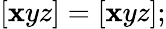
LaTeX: [\mathbf{x}yz]=[\mathbf{x}yz];